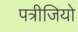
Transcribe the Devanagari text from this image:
पत्रीजियो